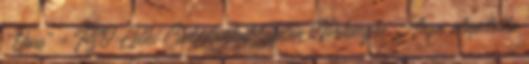
“Opus” = FSO Lelki Családunkat Julia Verhaeghe Anya alapította